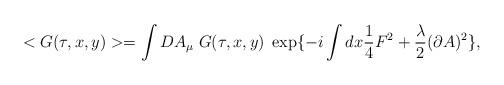
LaTeX: \begin{align*}<G(\tau,x,y)> = \int DA_\mu \; G(\tau,x,y) \; \exp\{-i\int dx \frac{1}{4} F^2 +\frac{\lambda}{2} (\partial A)^2\},\end{align*}